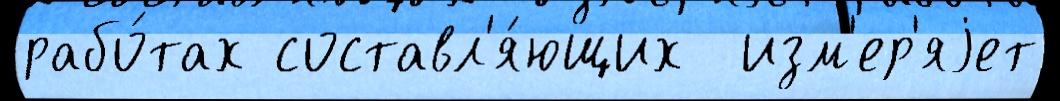
рабо́тах составл'я́ющих  изм'ер'яjет